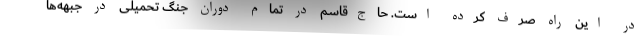
در این راه صرف کرده است. حاج‌قاسم در تمام دوران جنگ تحمیلی در جبهه‌ها